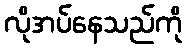
လိုအပ်နေသည်ကို